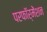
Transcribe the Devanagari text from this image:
परफॉर्मेंशन